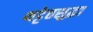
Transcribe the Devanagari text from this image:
थट्टेतसुद्धा